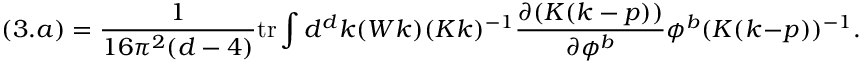
( 3 . a ) = \frac { 1 } { 1 6 \pi ^ { 2 } ( d - 4 ) } \mathrm { t r } \int d ^ { d } k ( W k ) ( K k ) ^ { - 1 } \frac { \partial ( K ( k - p ) ) } { \partial \phi ^ { b } } \phi ^ { b } ( K ( k - p ) ) ^ { - 1 } .